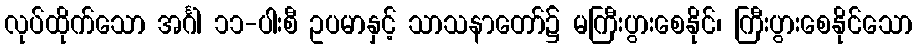
လုပ်ထိုက်သော အင်္ဂါ ၁၁-ပါးစီ ဥပမာနှင့် သာသနာတော်၌ မကြီးပွားစေနိုင်၊ ကြီးပွားစေနိုင်သော